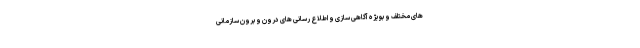
های مختلف و بویژه آگاهی سازی و اطلاع رسانی های درون و برون سازمانی